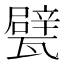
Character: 甓